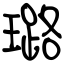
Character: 璐